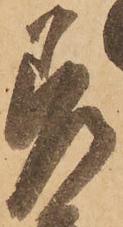
差